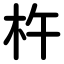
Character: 杵